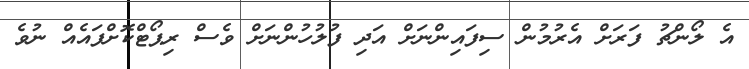
އެ ލޯންޗު ފަރަށް އެރުމުން ސިފައިންނަށް އަދި ފުލުހުންނަށް ވެސް ރިޕޯޓްކޮށްފައެއް ނުވެ